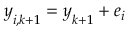
\boldsymbol { y } _ { i , k + 1 } = \boldsymbol { y } _ { k + 1 } + \boldsymbol { e } _ { i }